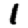
Digit: 1